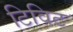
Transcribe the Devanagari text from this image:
टिविट